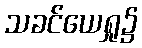
သခင်ယေရှု၌